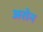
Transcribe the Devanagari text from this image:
अरोन